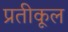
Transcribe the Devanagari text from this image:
प्रतीकूल